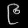
Digit: ၉